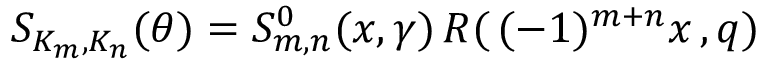
S _ { K _ { m } , K _ { n } } ( \theta ) = S _ { m , n } ^ { 0 } ( x , \gamma ) \, R ( \, ( - 1 ) ^ { m + n } x \, , q ) \,